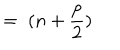
= \; ( n + \frac p 2 )